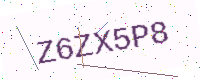
Text: Z6ZX5P8